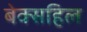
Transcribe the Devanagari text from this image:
बेक्सहिल